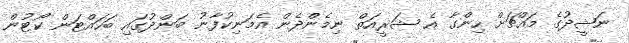
ނަޝީދުގެ މައްޗަށް ހިންގާ އެ ޝަރީއަތް ނިމެންދެން އެމަނިކުފާނު ބަންދުގައި ބަހައްޓަން ކޯޓުން